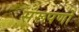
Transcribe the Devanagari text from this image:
संरूपणों